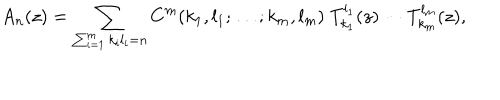
A _ { n } ( z ) = \sum _ { \sum _ { i = 1 } ^ { m } k _ { i } l _ { i } = n } C ^ { m } ( k _ { 1 } , l _ { 1 } ; \ldots ; k _ { m } , l _ { m } ) \; T _ { k _ { 1 } } ^ { l _ { 1 } } ( z ) \cdots T _ { k _ { m } } ^ { l _ { m } } ( z ) ,